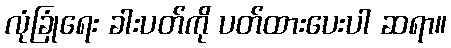
လုံခြုံရေး ခါးပတ်ကို ပတ်ထားပေးပါ ဆရာ။